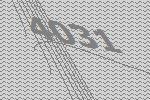
4031